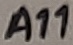
Text: A11